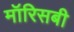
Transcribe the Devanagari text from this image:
मॉरिसबी